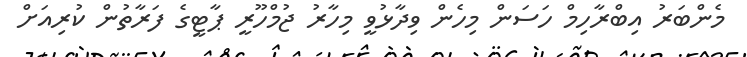
މެންބަރު އިބްރާހިމް ހަސަން މިހެން ވިދާޅުވީ މިހާރު ޖުމްހޫރީ ޕާޓީގެ ފަރާތުން ކުރިއަށް